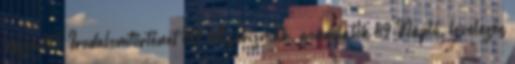
esszé 195 Irodalomtörténet 193 Aforizmák, gondolatok 89 Napló, levelezés